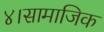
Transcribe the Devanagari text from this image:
४।सामाजिक